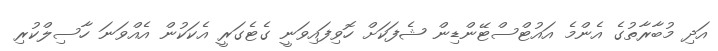
އަދި މުބާރާތުގެ އެންމެ އައުޓްސްޓޭންޑިން ޝެފަކަށް ހޮވިފައިވަނީ ގެޓެގަރީ އެކަކުން އެއްވަނަ ހާސިލްކުރި